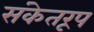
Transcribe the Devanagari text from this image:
संकेतरूप